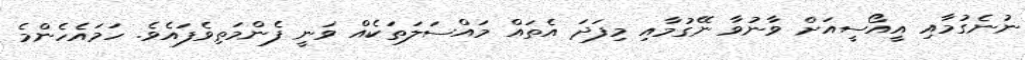
ނުނެގުމާއި އީއޯސީއަށް ވާނުވާ ނޭގުމާއި މިފަދަ އެތައް މައްސަލަތަކެއް ވަނީ ފެންމަތިވެފައެވެ. ހަމައެހެންމެ